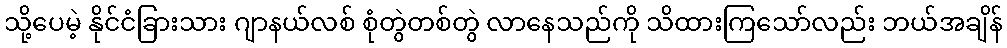
သို့ပေမဲ့ နိုင်ငံခြားသား ဂျာနယ်လစ် စုံတွဲတစ်တွဲ လာနေသည်ကို သိထားကြသော်လည်း ဘယ်အချိန်